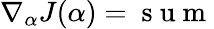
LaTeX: \nabla_{\alpha}J(\alpha)=\mathrm{~s~u~m~}